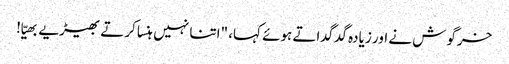
خرگوش نے اور زیادہ گدگداتے ہوئے کہا، "اتنا نہیں ہنسا کرتے بھیڑیے بھیّا!